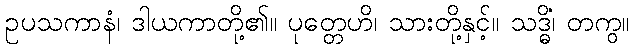
ဥပသကာနံ၊ ဒါယကာတို့၏။ ပုတ္တေဟိ၊ သားတို့နှင့်။ သဒ္ဓိံ၊ တကွ။